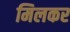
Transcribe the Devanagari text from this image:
मिलकर